Lunatic asylums Burma 1907-21 - 1907-1921
Year: 1907
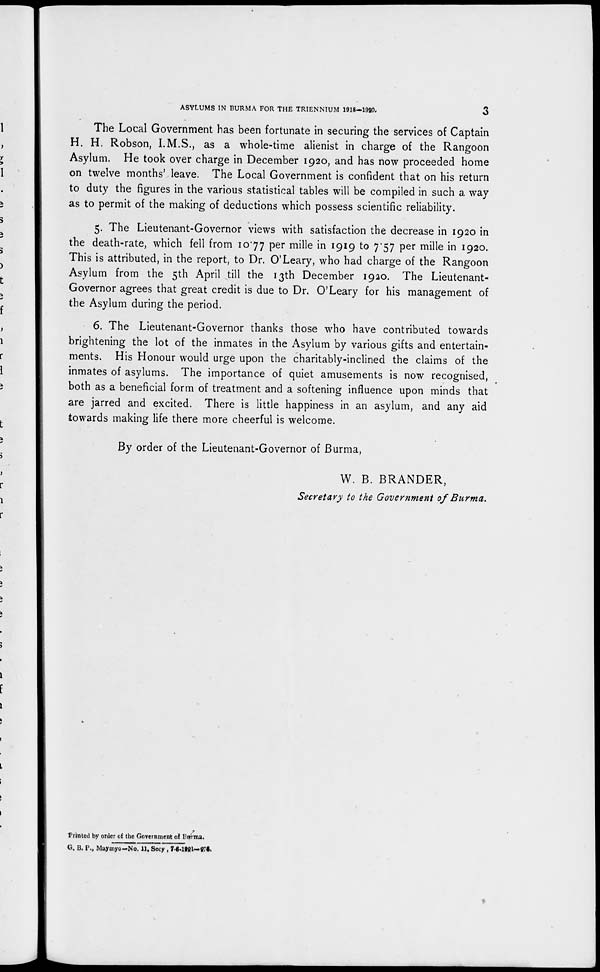
ASYLUMS IN BURMA FOR THE TRIENNIUM 1918-1920.
3
The Local Government has been fortunate in securing the services of Captain
H. H. Robson, I.M.S., as a whole-time alienist in charge of the Rangoon
Asylum. He took over charge in December 1920, and has now proceeded home
on twelve months' leave. The Local Government is confident that on his return
to duty the figures in the various statistical tables will be compiled in such a way
as to permit of the making of deductions which possess scientific reliability.
5. The Lieutenant-Governor views with satisfaction the decrease in 1920 in
the death-rate, which fell from 10.77 per mille in 1919 to 7.57 per mille in 1920.
This is attributed, in the report, to Dr. O'Leary, who had charge of the Rangoon
Asylum from the 5th April till the 13th December 1920. The Lieutenant-
Governor agrees that great credit is due to Dr. O'Leary for his management of
the Asylum during the period.
6. The Lieutenant-Governor thanks those who have contributed towards
brightening the lot of the inmates in the Asylum by various gifts and entertain-
ments. His Honour would urge upon the charitably-inclined the claims of the
inmates of asylums. The importance of quiet amusements is now recognised,
both as a beneficial form of treatment and a softening influence upon minds that
are jarred and excited. There is little happiness in an asylum, and any aid
towards making life there more cheerful is welcome.
By order of the Lieutenant-Governor of Burma,
W. B. BRANDER,
Secretary to the Government of Burma.
Printed by order of the Government of Burma.
G. B. P., Maymyo-No. 11, Secy , 7-6-1921—276.